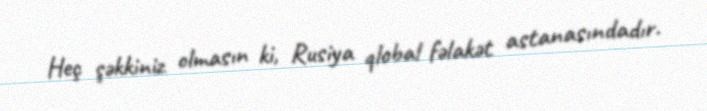
Heç şəkkiniz olmasın ki, Rusiya qlobal fəlakət astanasındadır.